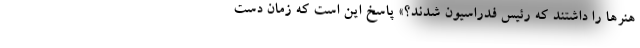
هنرها را داشتند که رئیس فدراسیون شدند؟» پاسخ این است که زمان دست